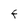
Character: F